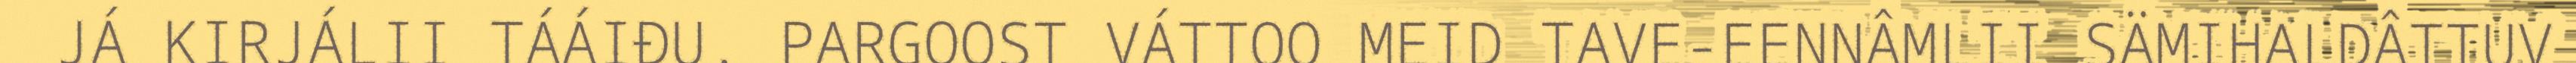
JÁ KIRJÁLII TÁÁIĐU. PARGOOST VÁTTOO MEID TAVE-EENNÂMLII SÄMIHALDÂTTUV